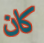
كان